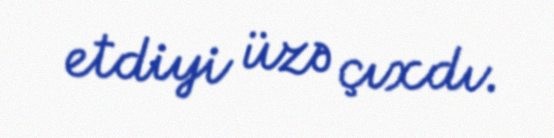
etdiyi üzə çıxdı.